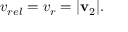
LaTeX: v _ { r e l } = v _ { r } = | \mathbf { v } _ { 2 } | .